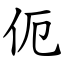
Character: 伌